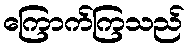
ကြောက်ကြသည်